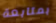
بمتابعة